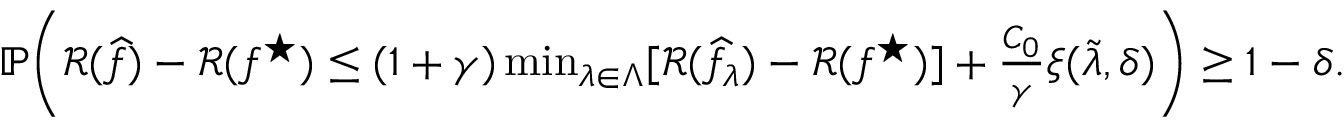
\begin{array} { r } { \mathbb { P } \bigg ( \mathcal { R } ( \widehat { f } ) - \mathcal { R } ( f ^ { \star } ) \leq ( 1 + \gamma ) \operatorname* { m i n } _ { \lambda \in \Lambda } [ \mathcal { R } ( \widehat { f } _ { \lambda } ) - \mathcal { R } ( f ^ { \star } ) ] + \frac { C _ { 0 } } { \gamma } \xi ( \widetilde { \lambda } , \delta ) \bigg ) \geq 1 - \delta . } \end{array}